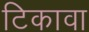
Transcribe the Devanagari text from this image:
टिकावा